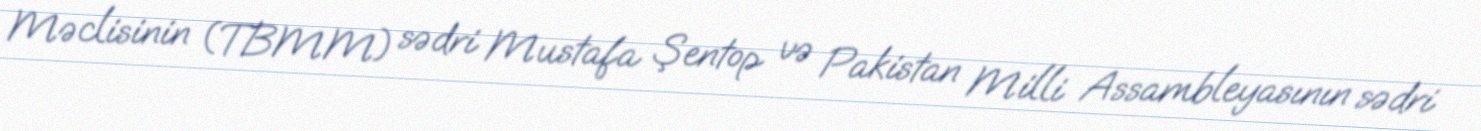
Məclisinin (TBMM) sədri Mustafa Şentop və Pakistan Milli Assambleyasının sədri